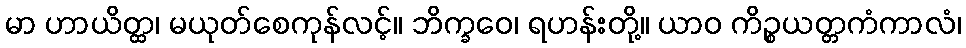
မာ ဟာယိတ္ထ၊ မယုတ်စေကုန်လင့်။ ဘိက္ခဝေ၊ ရဟန်းတို့။ ယာဝ ကိဉ္စယတ္တကံကာလံ၊